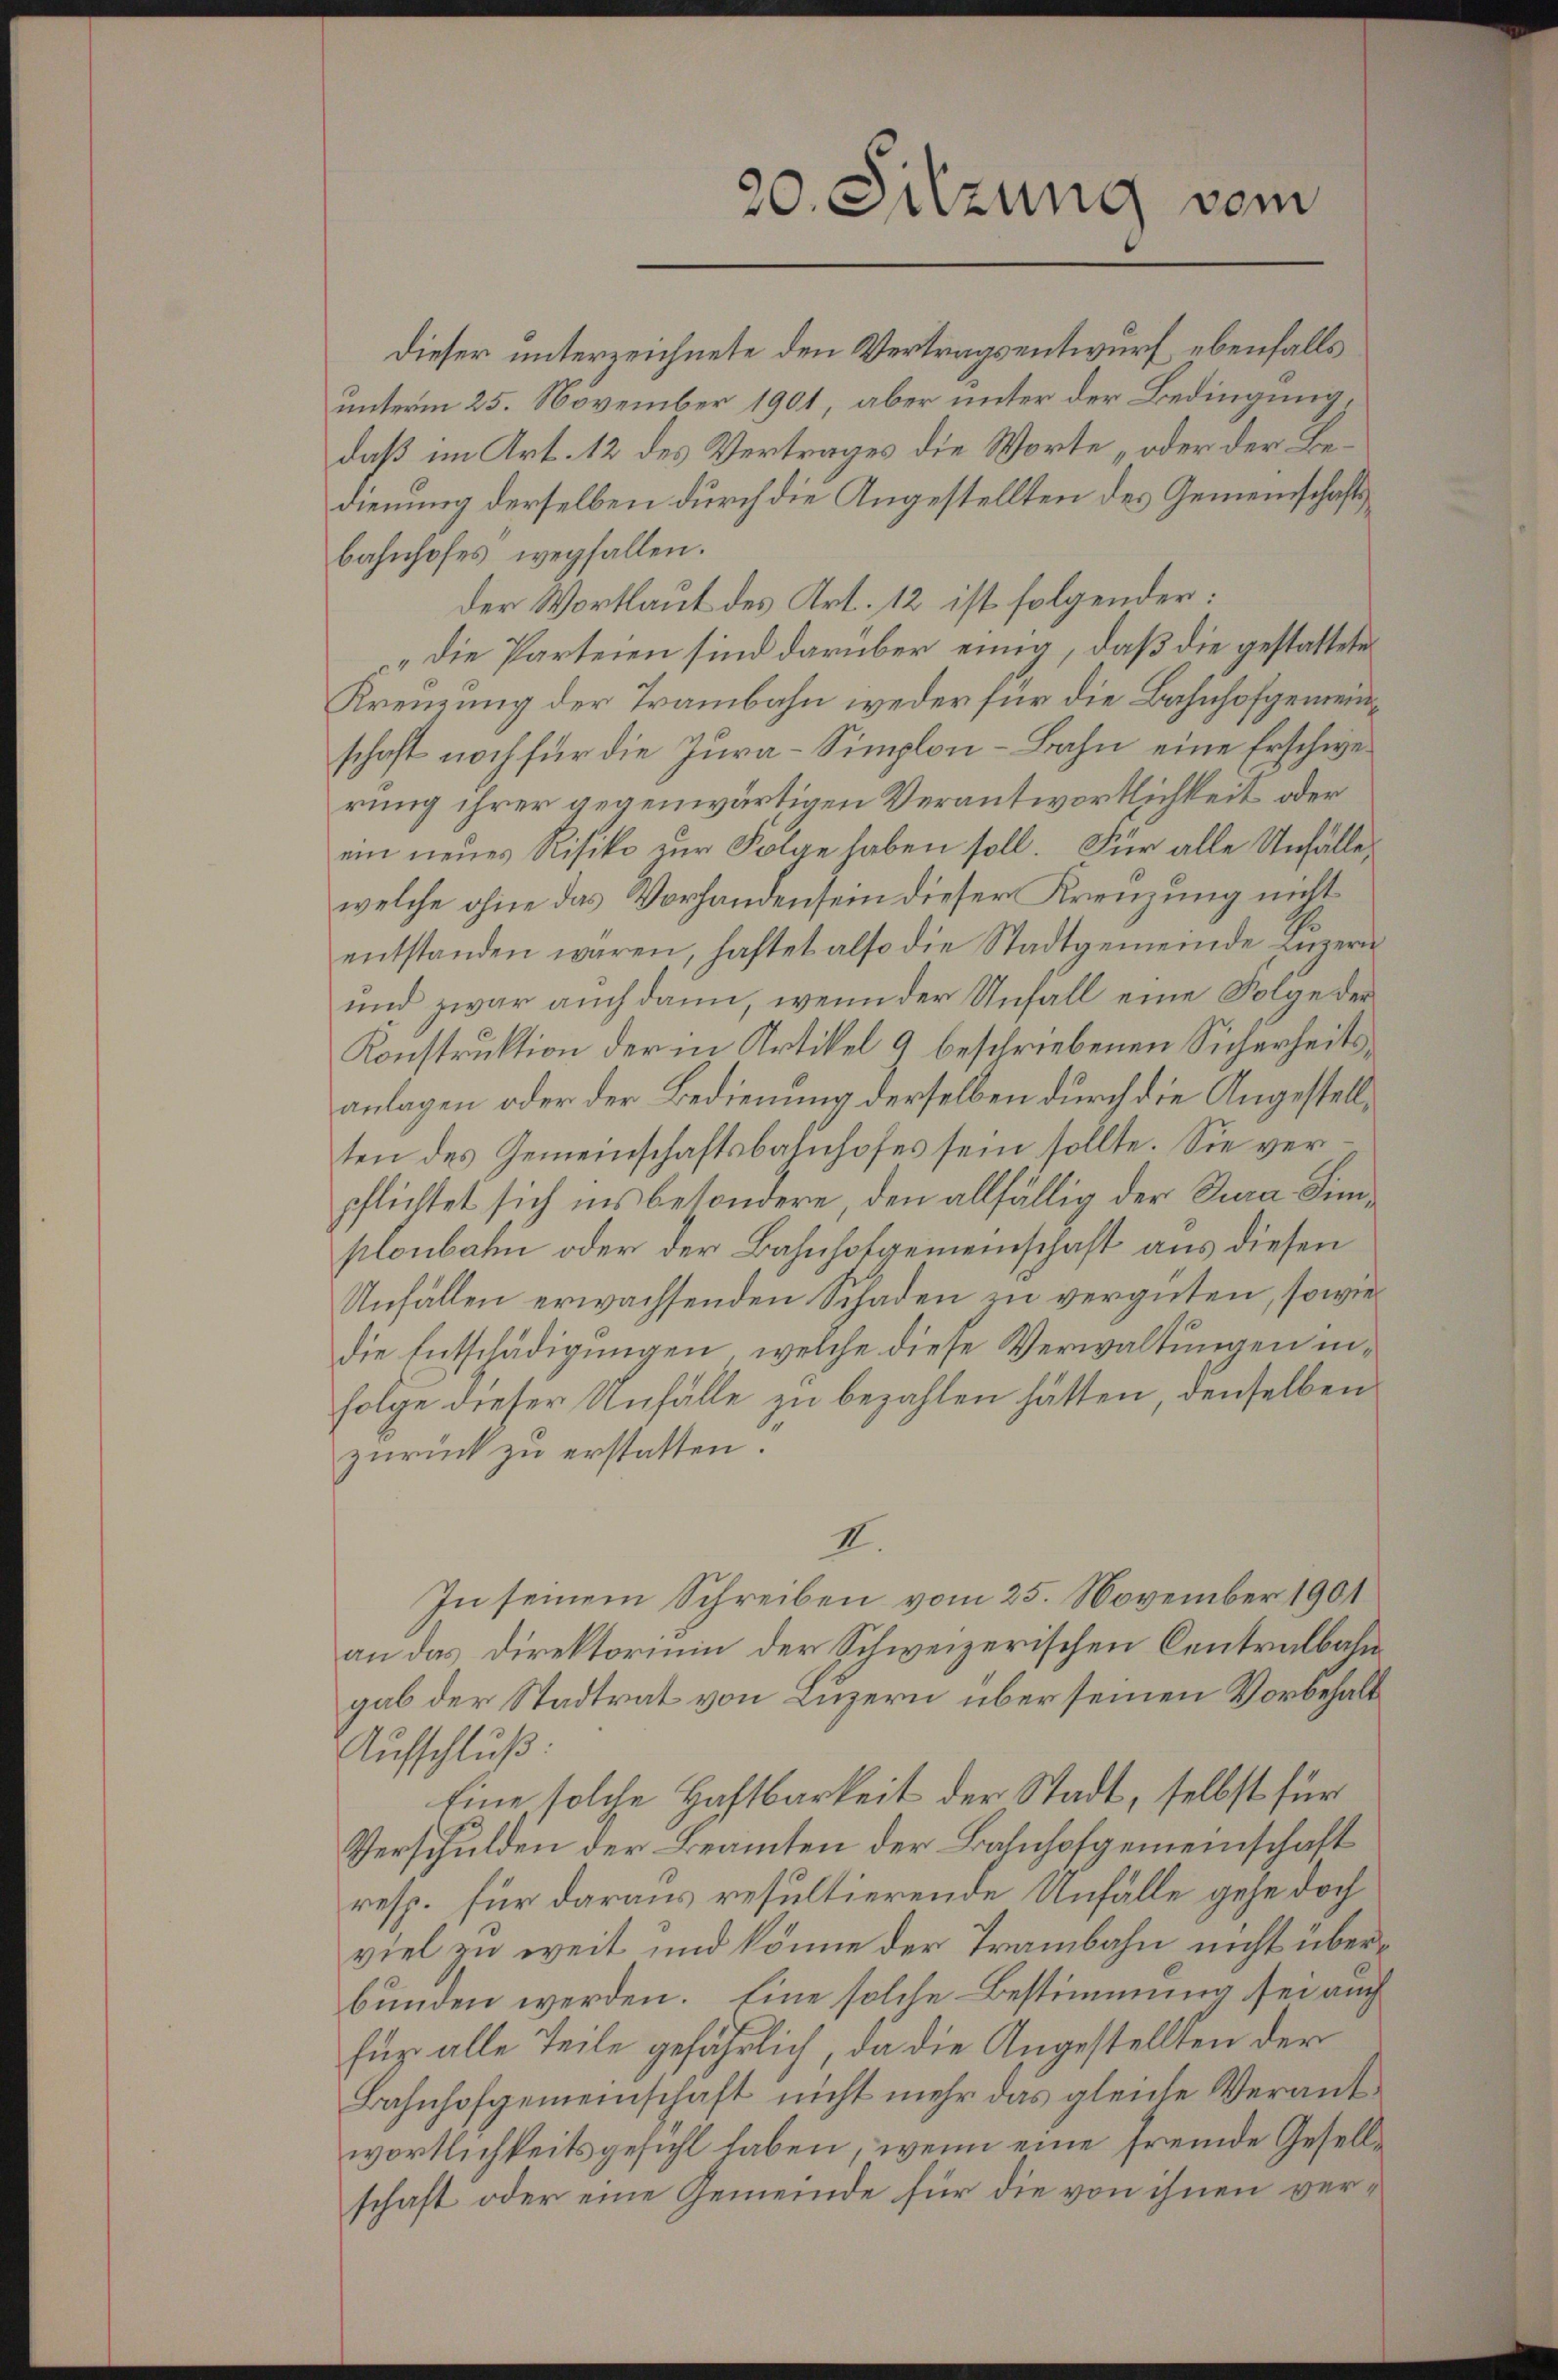
bahnhofes wegfallen.
Der Wortlaut des Art. 12 ist folgender:
„Die Parteien sind darüber einig, daß die gestattete
Krenzung der Trambahn weder für die Bahnhofgemeinschaft noch für die Jura-Simplon - Bahn eine Erschwerung ihrer gegenwärtigen Verantwortlichkeit oder
ein neues Risiko zur Folge haben soll. Für alle Unfälle
welche ohne das Vorhandensein dieser Krenzung nicht
entstanden waren, haftet also die Stadtgemeinde Luzern
und zwar auch dann, wenn der Unfall eine Folge der
Konstruktion der in Artikel 9 beschriebenen Sicherheitsanlagen oder der Bedienung derselben durch die Angestellten des Gemeinschaftsbahnhofes sein sollte. Sie verpflichtet sich ins besondere, den allfällig der Jura Simplonbahn oder der Bahnhofgemeinschaft aus diesen
Unfällen erwachsenden Schaden zu vergüten, sowie
Die Entschädigungen, welche diese Verwaltungen in¬
Folge dieser Unfälle zu bezahlen hätten, denselben
zurück zu erstatten.
II.
In seinem Schreiben vom 25. November 1901
an das Direktorium der Schweizerischen Centralbahn
gab der Stadtrat von Luzern über seinen Vorbehalt
Aufschluß:
Eine solche Haftbarkeit der Stadt, selbst für
Verschulden der Beamten der Bahnhofgemeinschaft
resp. für daraus resultierende Unfälle gehe doch
viel zu weit und könne der Trambahn nicht überbunden werden. Eine solche Bestimmung sei auch
für alle Teile gefährlich, da die Angestellten der
Bahnhofgemeinschaft nicht mehr das gleiche Verantwortlichkeitsgesicht haben, wenn eine fremde Gesellschaft oder eine Gemeinde für die von ihnen ver¬

20. Sitzung vom

dieser unterzeichnete den Vertragsentwurf, ebenfalls
unterm 25. November 1901, aber unter der Bedingung,
daß im Art. 12 des Vertrages die Worte „oder der Bedienung derselben durch die Angestellten des Gemeinschafts¬